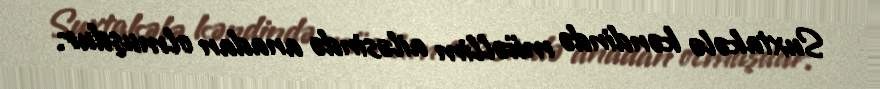
Suxtakələ kəndində müəllim ailəsində anadan olmuşdur.